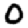
Digit: 0